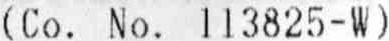
(CO. NO. 113825-W)